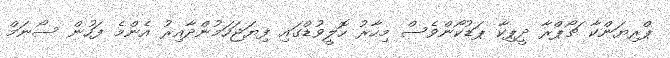
ޕްރިޔަންކާ ޗޯޕްރާ ދީޕިކާ ޕަޑުކޯންވެސް މިހާރު ހޮލީވުޑްގައި ފިޔަޖަހަމުންދާއިރު އެންމެ ފަހުން ސޯނަމް